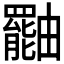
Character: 𤳷